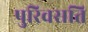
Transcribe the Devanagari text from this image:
पुरिवसति